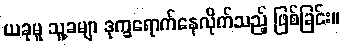
ယခုမူ သူ့ခမျာ ဒုက္ခရောက်နေလိုက်သည့် ဖြစ်ခြင်း။